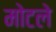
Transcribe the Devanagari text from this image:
मोटले